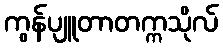
ကွန်ပျူတာတက္ကသိုလ်